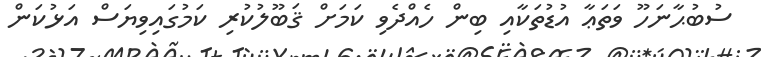
ސުބުޙާނަހޫ ވަތަޢާ އުޑުތަކާއި ބިން ހެއްދެވި ކަމަށް ޤަބޫލުކުރި ކަމުގައިވިޔަސް އަޅުކަން